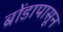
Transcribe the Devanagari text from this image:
बोंडापासून